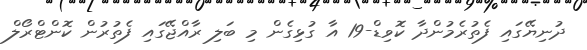
ދުނިޔޭގައި ފެތުރެމުންދާ ކޮވިޑް-19 އާ ގުޅިގެން މި ބަލި ރާއްޖޭގައި ފެތުރުން ކޮންޓްރޯލް